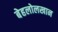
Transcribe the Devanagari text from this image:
बेहलोलखान